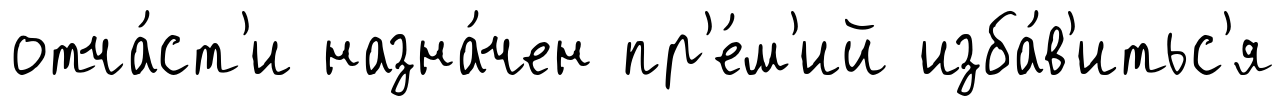
отча́ст'и назна́чен пр'е́м'ий изба́в'итьс'я